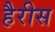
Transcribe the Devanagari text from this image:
हैरीस